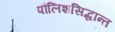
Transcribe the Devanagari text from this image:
पौलिशसिद्धान्त